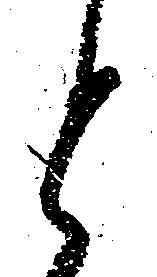
と